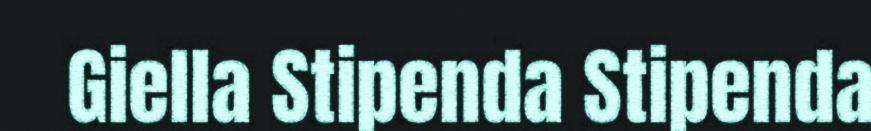
Giella Stipenda Stipenda